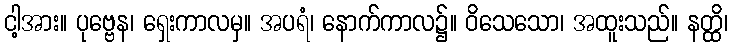
ငါ့အား။ ပုဗ္ဗေန၊ ရှေးကာလမှ။ အပရံ၊ နောက်ကာလ၌။ ဝိသေသော၊ အထူးသည်။ နတ္ထိ၊